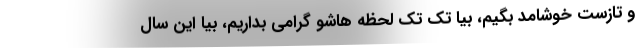
و تازست خوشامد بگیم، بیا تک تک لحظه هاشو گرامی بداریم، بیا این سال